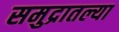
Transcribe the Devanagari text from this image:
समुद्रातल्या